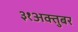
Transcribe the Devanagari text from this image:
३१अक्तुबर